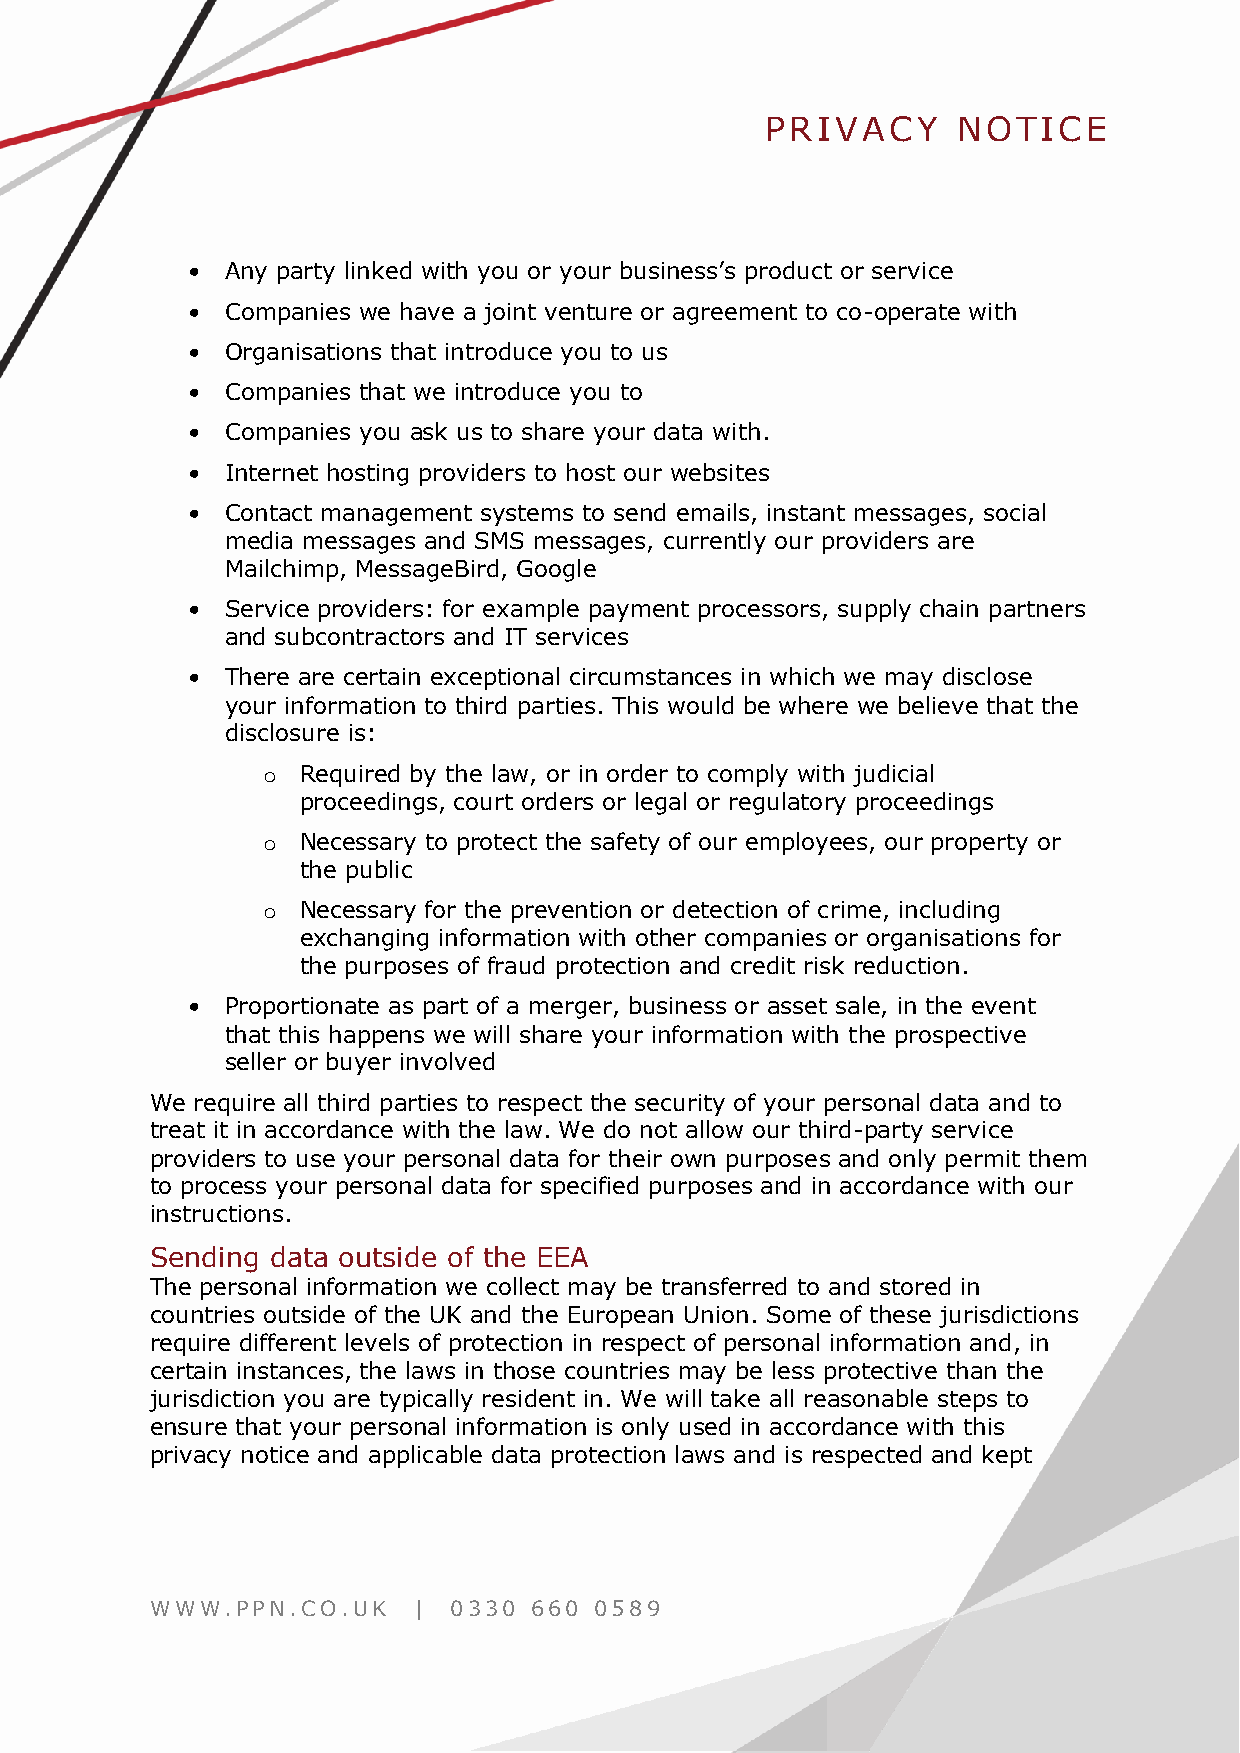
PRIVACY     NOTICE
 •  Any party linked with you or your business’s product or service
 •  Companies we have a joint venture or agreement to co-operate with
 •  Organisations that introduce you to us
 •  Companies that we introduce you to
 •  Companies you ask us to share your data with.
 •  Internet hosting providers to host our websites
 •  Contact management systems to send emails, instant messages, social
 media messages and SMS messages, currently our providers are
 Mailchimp, MessageBird, Google
 •  Service providers: for example payment processors, supply chain partners
 and subcontractors and IT services
 •  There are certain exceptional circumstances in which we may disclose
 your information to third parties. This would be where we believe that the
 disclosure is:
 o  Required by the law, or in order to comply with judicial
 proceedings, court orders or legal or regulatory proceedings
 o  Necessary to protect the safety of our employees, our property or
 the public
 o  Necessary for the prevention or detection of crime, including
 exchanging information with other companies or organisations for
 the purposes of fraud protection and credit risk reduction.
 •  Proportionate as part of a merger, business or asset sale, in the event
 that this happens we will share your information with the prospective
 seller or buyer involved
 We require all third parties to respect the security of your personal data and to
 treat it in accordance with the law. We do not allow our third-party service
 providers to use your personal data for their own purposes and only permit them
 to process your personal data for specified purposes and in accordance with our
 instructions.
 Sending data outside of the EEA
 The personal information we collect may be transferred to and stored in
 countries outside of the UK and the European Union. Some of these jurisdictions
 require different levels of protection in respect of personal information and, in
 certain instances, the laws in those countries may be less protective than the
 jurisdiction you are typically resident in. We will take all reasonable steps to
 ensure that your personal information is only used in accordance with this
 privacy notice and applicable data protection laws and is respected and kept
 WWW.PPN.CO.UK    |  0330 660 0589